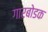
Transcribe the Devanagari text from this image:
गारबोडक